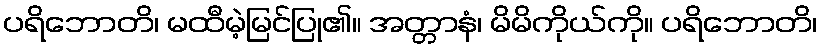
ပရိဘောတိ၊ မထီမဲ့မြင်ပြု၏။ အတ္တာနံ၊ မိမိကိုယ်ကို။ ပရိဘောတိ၊